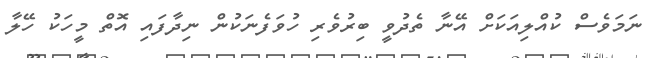
ނަމަވެސް ކުއްލިއަކަށް އޭނާ ތެދުވީ ބިރުވެރި ހުވަފެނަކުން ނިދާފައި އޮތް މީހަކު ހޭލާ